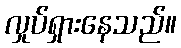
လှုပ်ရှားနေသည်။